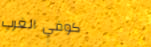
كوفي الغرب